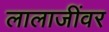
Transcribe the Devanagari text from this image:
लालाजींवर